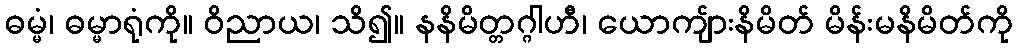
ဓမ္မံ၊ ဓမ္မာရုံကို။ ဝိညာယ၊ သိ၍။ နနိမိတ္တဂ္ဂါဟီ၊ ယောကျ်ားနိမိတ် မိန်းမနိမိတ်ကို